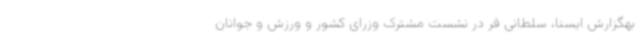
بهگزارش ایسنا، سلطانی فر در نشست مشترک وزرای کشور و ورزش و جوانان